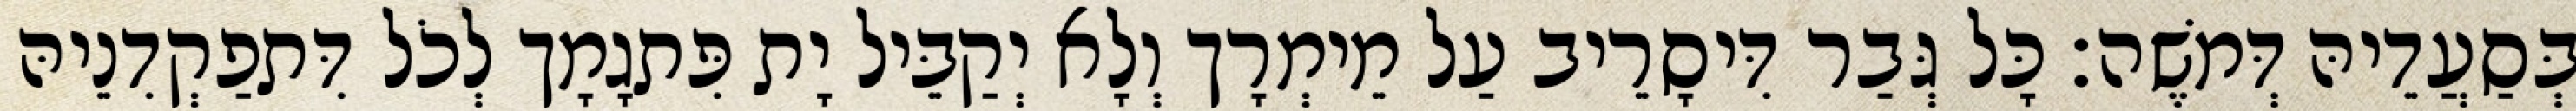
בְּסַעֲדֵיהּ דְּמֹשֶׁה׃ כָּל גְּבַר דִּיסָרֵיב עַל מֵימְרָך וְלָא יְקַבֵּיל יָת פִּתגָמָך לְכֹל דִּתפַקְדִנֵיהּ